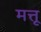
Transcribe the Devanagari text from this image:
मत्तू